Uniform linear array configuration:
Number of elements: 4
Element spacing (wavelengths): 0.5
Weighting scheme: uniform
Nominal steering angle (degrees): -15
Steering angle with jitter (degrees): -14.913
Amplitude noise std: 0.05
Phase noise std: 0.05

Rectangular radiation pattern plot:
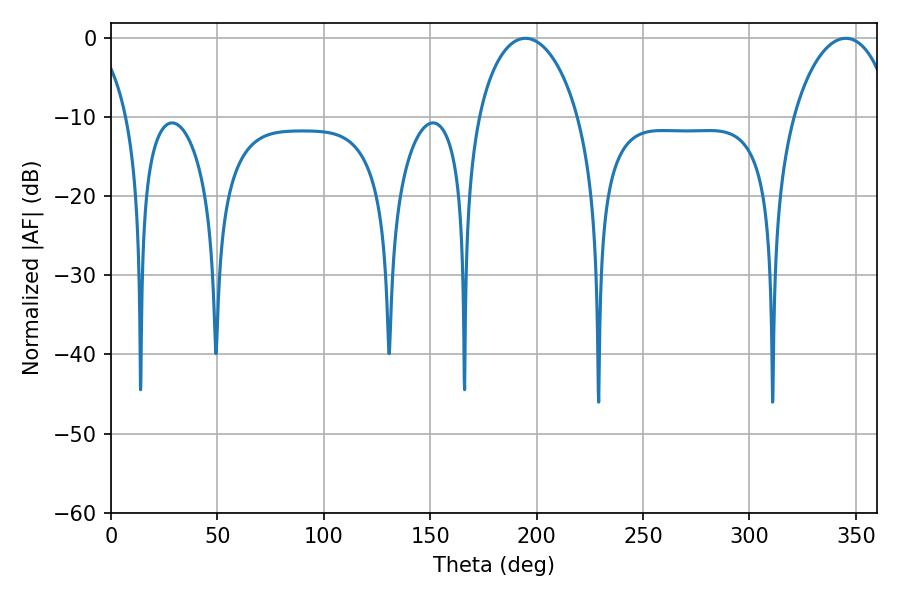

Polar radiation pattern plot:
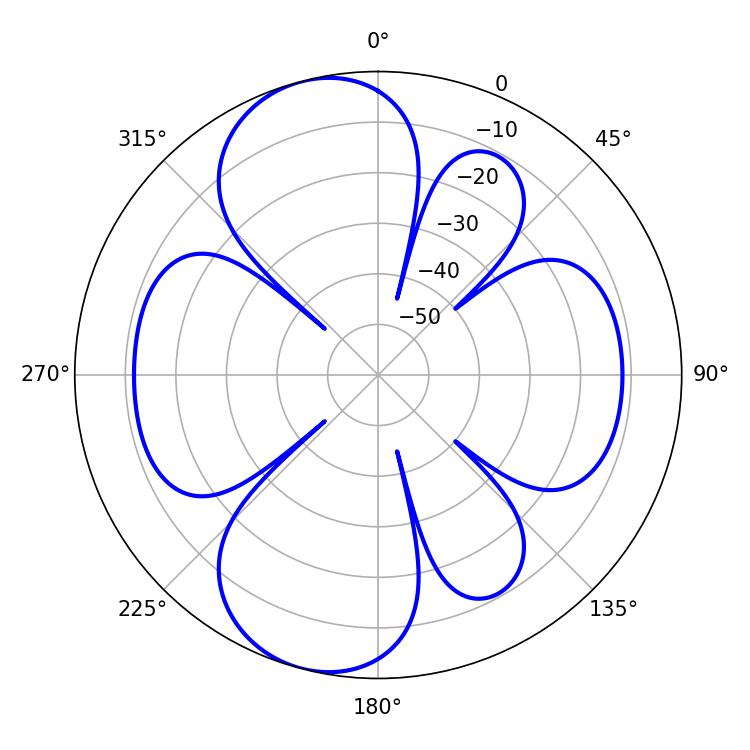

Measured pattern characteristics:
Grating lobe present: FALSE
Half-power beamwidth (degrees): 27.18
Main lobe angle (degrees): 194.76